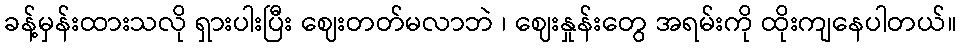
ခန့်မှန်းထားသလို ရှားပါးပြီး ဈေးတတ်မလာဘဲ ၊ ဈေးနှုန်းတွေ အရမ်းကို ထိုးကျနေပါတယ်။